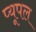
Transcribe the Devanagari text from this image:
प्यूपल